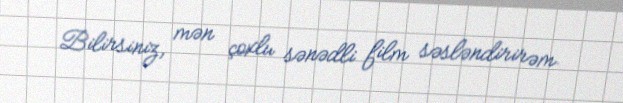
Bilirsiniz, mən çoxlu sənədli film səsləndirirəm.